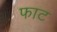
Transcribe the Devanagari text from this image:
फाट